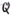
Text: Q